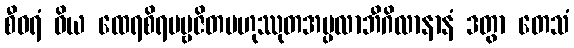
စီဝရံ ဝိယ ထေရစိရပဗ္ဗဇိတဗဟုဿုတအပ္ပလာဘီဂိလာနာနံ ဒတွာ တေသံ